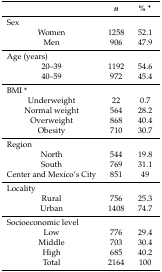
|  | n | % + |
 | --- | --- | --- |
 | Sex |  |  |
 | Women | 1258 | 52.1 |
 | Men | 906 | 47.9 |
 | Age (years) |  |  |
 | 20–39 | 1192 | 54.6 |
 | 40–59 | 972 | 45.4 |
 | BMI * |  |  |
 | Underweight | 22 | 0.7 |
 | Normal weight | 564 | 28.2 |
 | Overweight | 868 | 40.4 |
 | Obesity | 710 | 30.7 |
 | Region |  |  |
 | North | 544 | 19.8 |
 | South | 769 | 31.1 |
 | Center and Mexico’s City | 851 | 49 |
 | Locality |  |  |
 | Rural | 756 | 25.3 |
 | Urban | 1408 | 74.7 |
 | Socioeconomic level |  |  |
 | Low | 776 | 29.4 |
 | Middle | 703 | 30.4 |
 | High | 685 | 40.2 |
 | Total | 2164 | 100 |